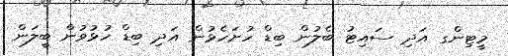
މީޓިންގ އަދި ސައިޓު ބެލުން ބިޑް ހުށަހެޅުން އަދި ބިޑް ހުޅުވުން ބީލަން